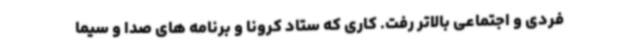
فردی و اجتماعی بالاتر رفت. کاری که ستاد کرونا و برنامه های صدا و سیما